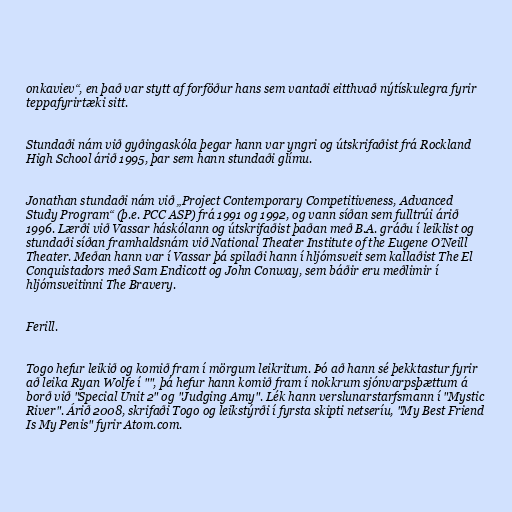
onkaviev“, en það var stytt af forföður hans sem vantaði eitthvað nýtískulegra fyrir
teppafyrirtæki sitt.

Stundaði nám við gyðingaskóla þegar hann var yngri og útskrifaðist frá Rockland
High School árið 1995, þar sem hann stundaði glímu.

Jonathan stundaði nám við „Project Contemporary Competitiveness, Advanced
Study Program“ (þ.e. PCC ASP) frá 1991 og 1992, og vann síðan sem fulltrúi árið
1996. Lærði við Vassar háskólann og útskrifaðist þaðan með B.A. gráðu í leiklist og
stundaði síðan framhaldsnám við National Theater Institute of the Eugene O’Neill
Theater. Meðan hann var í Vassar þá spilaði hann í hljómsveit sem kallaðist The El
Conquistadors með Sam Endicott og John Conway, sem báðir eru meðlimir í
hljómsveitinni The Bravery.

Ferill.

Togo hefur leikið og komið fram í mörgum leikritum. Þó að hann sé þekktastur fyrir
að leika Ryan Wolfe í "", þá hefur hann komið fram í nokkrum sjónvarpsþættum á
borð við "Special Unit 2" og "Judging Amy". Lék hann verslunarstarfsmann í "Mystic
River". Árið 2008, skrifaði Togo og leikstýrði í fyrsta skipti netseríu, "My Best Friend
Is My Penis" fyrir Atom.com.